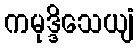
ကမုဒ္ဒိသေယျံ